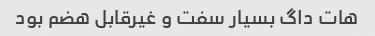
هات داگ بسیار سفت و غیرقابل هضم بود